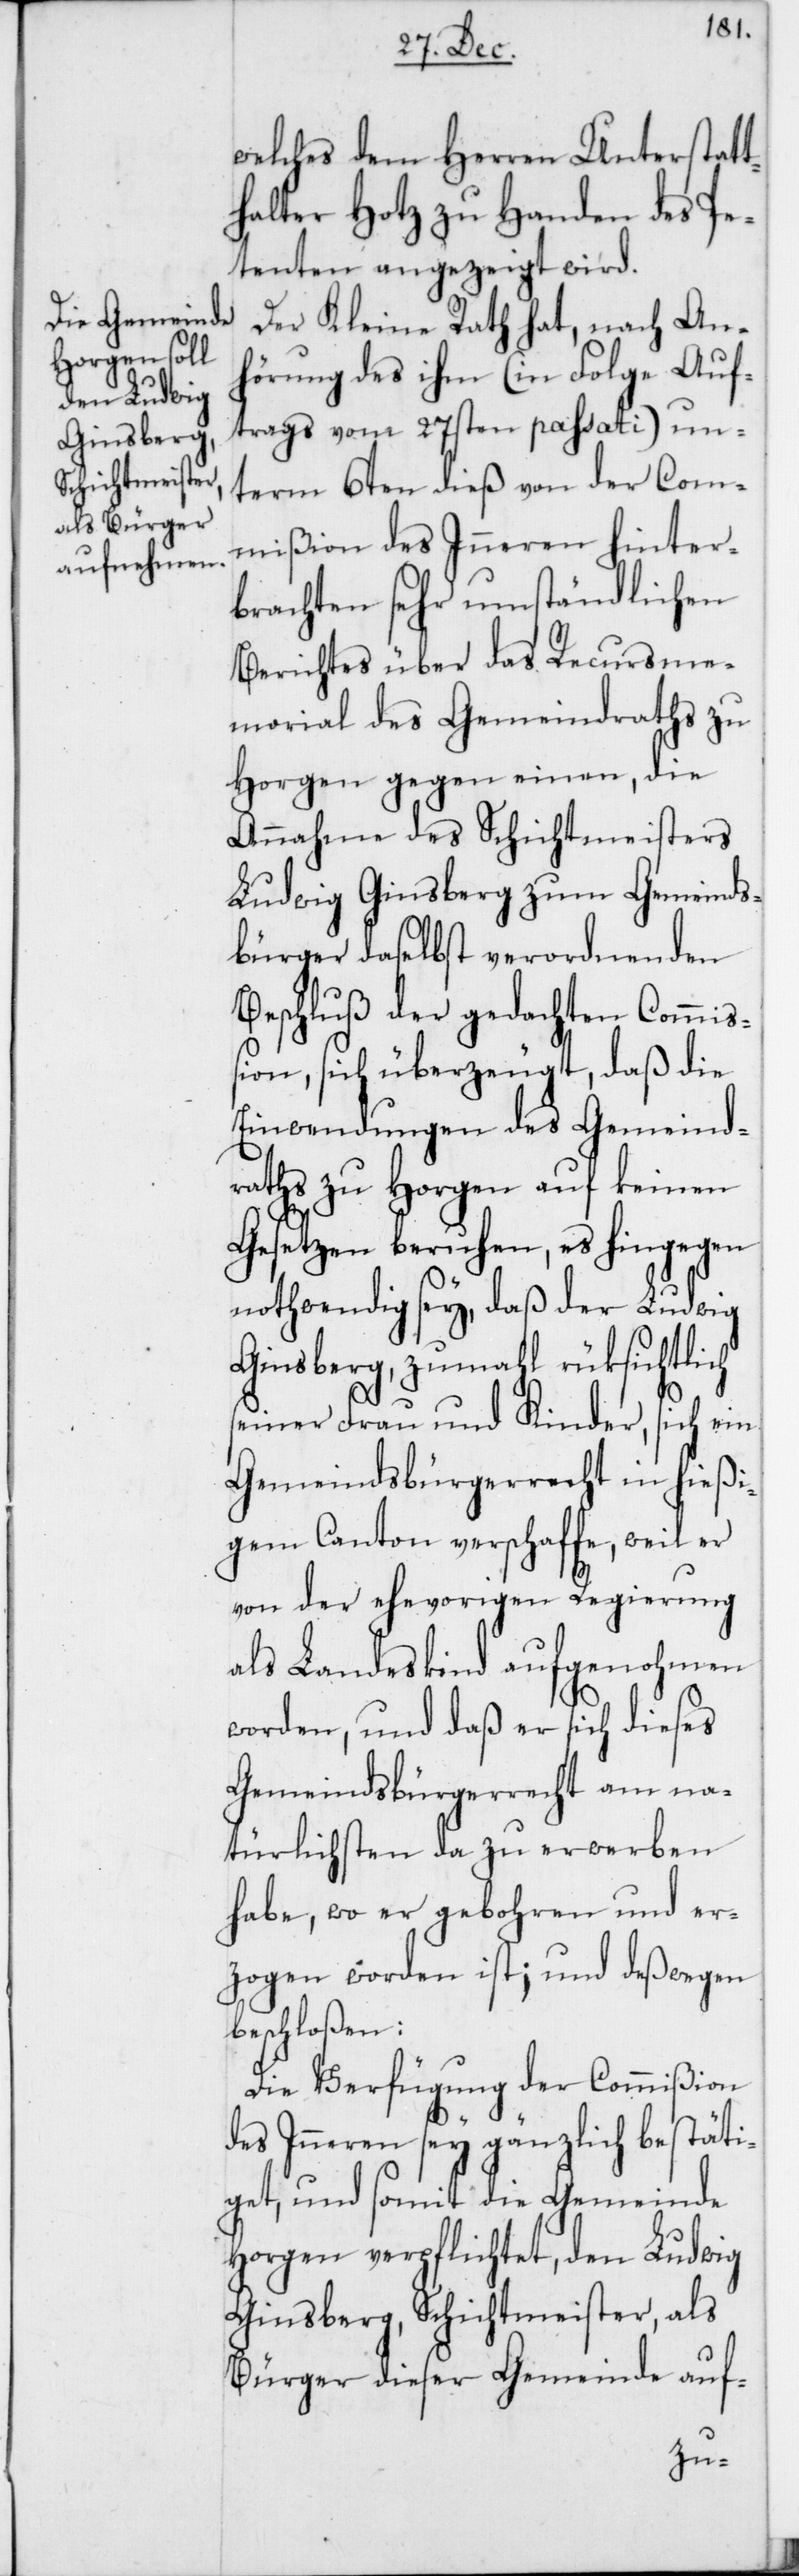
welches dem Herren Unterstat¬
thalter Hotz zu Handen des Pe¬
tenten angezeigt wird.
Der Kleine Rath hat, nach An¬
hörung des ihm (in Folge Auf¬
trags vomm 27sten passati) un¬
term 6ten dieß von der Com¬
mißion des Inneren hinter¬
brachten sehr umständlichen
Berichtes über das Recursme¬
morial des Gemeindraths zu
Horgen gegen einen, die
Annahme des Schichtmeisters
Ludwig Ginsberg zum Gemeinds¬
bürger daselbst verordnenden
Beschluß der gedachten Commiß¬
ion, sich überzeugt, daß die
Einwendungen des Gemeind¬
raths zu Horgen auf keinen
Gesetzen beruhen, es hingegen
nothwendig sey, daß der Ludwig
Ginsberg, zumahl rüksichtlich
seiner Frau und Kinder, sich ein
Gemeindsbürgerrecht in hießi¬
gem Canton verschaffe, weil er
von der ehevorigen Regierung
als Landeskind aufgenohmen
worden, und daß er sich dieses
Gemeindsbürgerrecht am na¬
türlichsten da zu erwerben
habe, wo er gebohren und er¬
zogen worden ist; und deßwegen
beschloßen:
Die Verfügung der Commißion
des Inneren sey gänzlich bestäti¬
get, und somit die Gemeinde
Horgen verpflichtet, den Ludwig
Ginsberg, Schichtmeister, als
Bürger dieser Gemeinde auf-